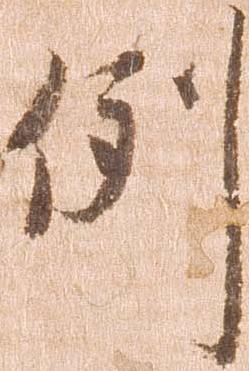
例